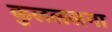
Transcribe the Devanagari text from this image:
कुलललना